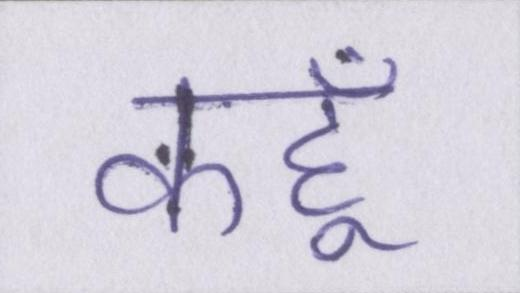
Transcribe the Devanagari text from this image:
कहूँ